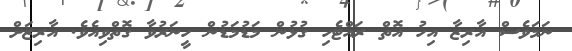
ނަމަވެސް އާރިޒާ އިހު އޮތް ރައްޓެހި ގުޅުން މަޑުމަޑުން ހީނަރުވާ ގޮތްވިއެވެ. އާރިޒަށް